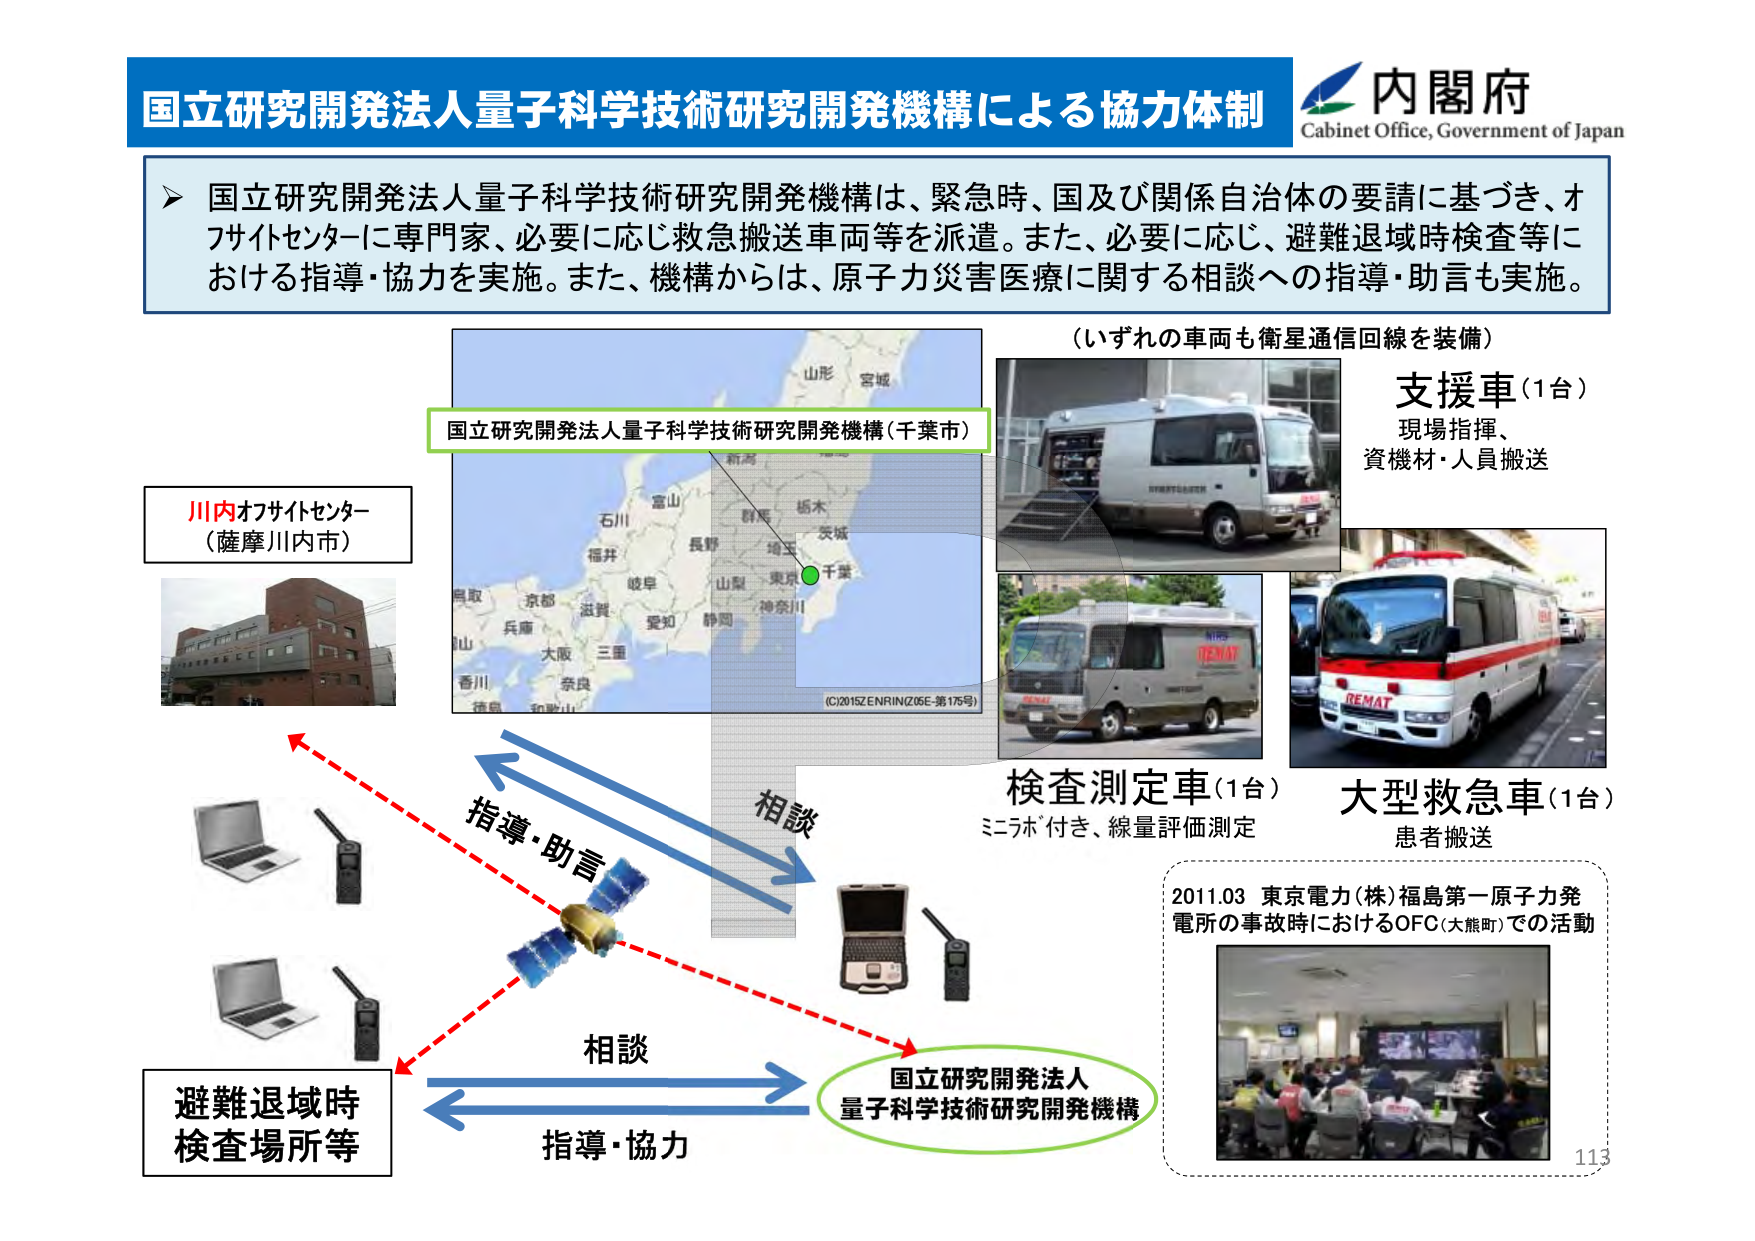
国立研究開発法人量子科学技術研究開発機構による協力体制
内閣府
Cabinet Office, Government of Japan

国立研究開発法人量子科学技術研究開発機構は、緊急時、国及び関係自治体の要請に基づき、オフサイトセンターに専門家、必要に応じ救急搬送車両等を派遣。また、必要に応じ、避難退域時検査等における指導・協力を実施。また、機構からは、原子力災害医療に関する相談への指導・助言も実施。

（いずれの車両も衛星通信回線を装備）
支援車（1台）
現場指揮、
資機材・人員搬送

検査測定車（1台）
ミニラボ付き、線量評価測定

大型救急車（1台）
患者搬送

川内オフサイトセンター
（薩摩川内市）

国立研究開発法人量子科学技術研究開発機構（千葉市）
（C)2015 ZENRIN (Z05E-第175号）

指導・助言
相談
相談
指導・協力

避難退域時
検査場所等

国立研究開発法人
量子科学技術研究開発機構

2011.03 東京電力（株）福島第一原子力発電所の事故時におけるOFC（大熊町）での活動

113